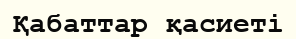
Қабаттар қасиеті